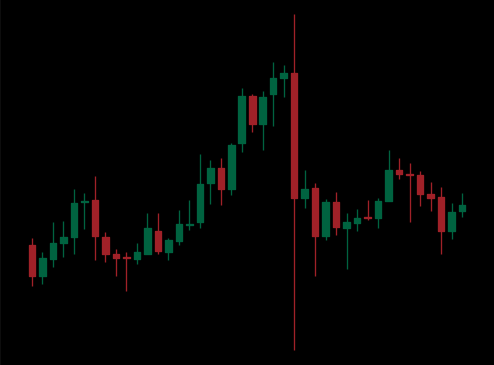
Pattern: head_shoulders